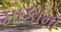
મોકામા